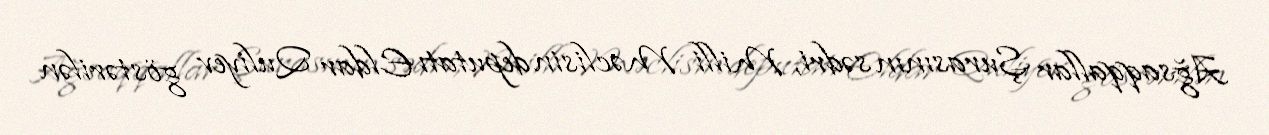
Ağsaqqallar Şurasının sədri, Milli Məclisin deputatı Eldar Quliyev göstərilən